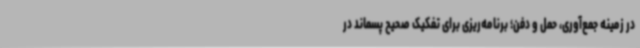
در زمینه جمع‌آوری، حمل و دفن؛ برنامه‌ریزی برای تفکیک صحیح پسماند در